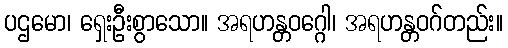
ပဌမော၊ ရှေးဦးစွာသော။ အရဟန္တဝဂ္ဂေါ၊ အရဟန္တဝဂ်တည်း။